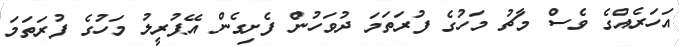
އަހަރެއްގެ ވެސް މާޗު މަހުގެ ފުރަތަމަ ދުވަހުން ފެށިގެން އޭޕުރީލު މަހުގެ ފުރަތަމަ